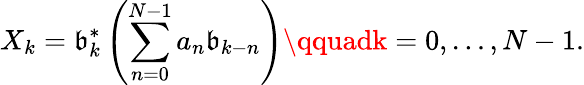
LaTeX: X_{k}=\mathfrak{b}_{k}^{*}\left(\sum_{n=0}^{N-1}a_{n}\mathfrak{b}_{k-n}\right)\qquadk=0,\dots,N-1.